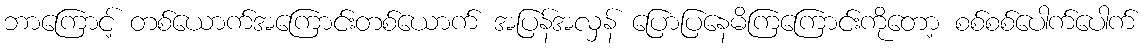
ဘာကြောင့် တစ်ယောက်အကြောင်းတစ်ယောက် အပြန်အလှန် ပြောပြနေမိကြကြောင်းကိုတော့ စစ်စစ်ပေါက်ပေါက်